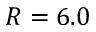
R = 6 . 0